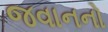
જવાનનો